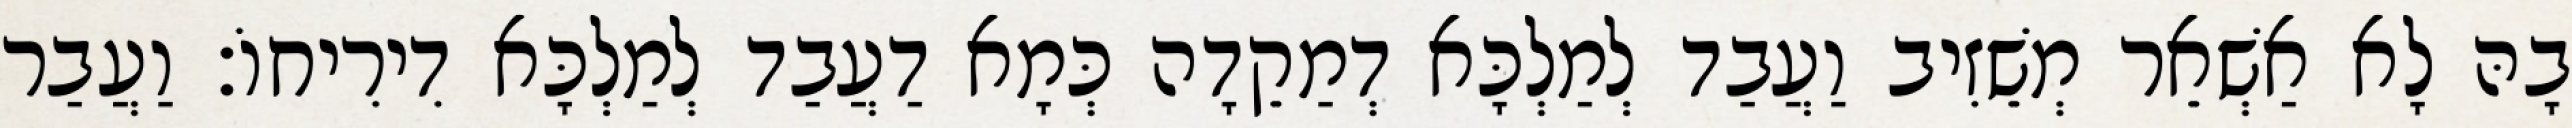
בָהּ לָא אַשְׁאֵר מְשֵׁזִיב וַעֲבַד לְמַלְכָּא דְמַקֵדָה כְּמָא דַעֲבַד לְמַלְכָּא דִירִיחוֹ׃ וַעֲבַר